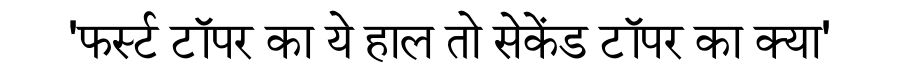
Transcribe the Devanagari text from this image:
'फर्स्ट टॉपर का ये हाल तो सेकेंड टॉपर का क्या'